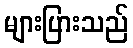
များပြားသည်